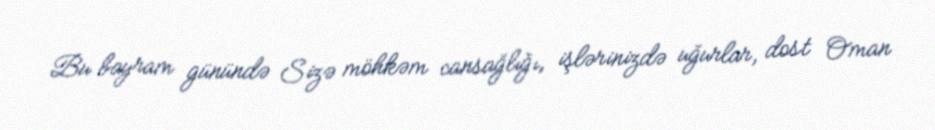
Bu bayram günündə Sizə möhkəm cansağlığı, işlərinizdə uğurlar, dost Oman